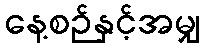
နေ့စဉ်နှင့်အမျှ